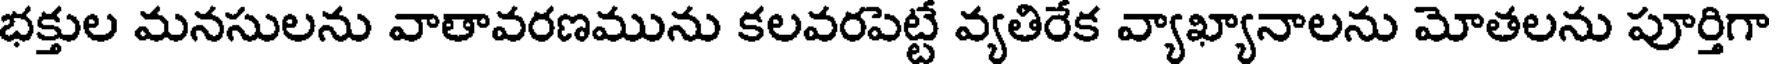
భక్తుల మనసులను వాతావరణమును కలవరపెట్టే వ్యతిరేక వ్యాఖ్యానాలను మోతలను పూర్తిగా